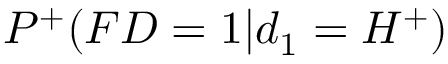
P ^ { + } ( F D = 1 | d _ { 1 } = H ^ { + } )